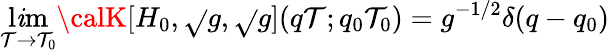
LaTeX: \operatorname*{l\mathit{i}m}_{\mathcal{T}\rightarrow\mathcal{T}_{0}}{\calK}[H_{0},\sqrt{}{{g}},\sqrt{}{{g}}](q\mathcal{T};q_{0}\mathcal{T}_{0})=g^{-1/2}\delta(q-q_{0})